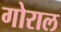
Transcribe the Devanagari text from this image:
गोराल